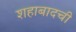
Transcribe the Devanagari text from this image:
शहाबादची